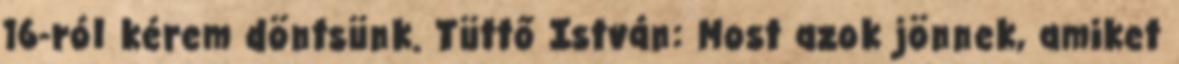
16-ról kérem döntsünk. Tüttő István: Most azok jönnek, amiket